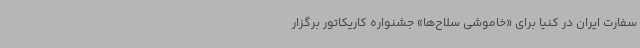
سفارت ایران در کنیا برای «خاموشی سلاح‌ها» جشنواره کاریکاتور برگزار